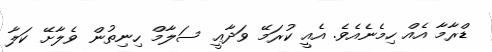
ޑްރާމާ އެއް ހިމެނެއެވެ. އެއީ ކުރަމޭ ވަދާޢީ ސަލާމް ހިނިތުން ވެލާށޭ ކަލާ